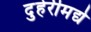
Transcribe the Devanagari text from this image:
दुहेरीमद्ये